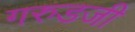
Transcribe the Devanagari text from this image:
गरुडजी